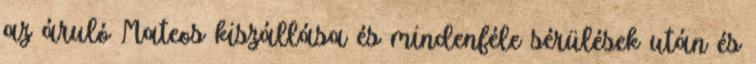
az áruló Mateos kiszállása és mindenféle sérülések után és